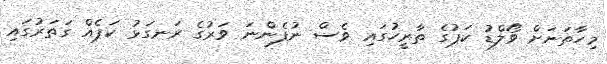
މިހާތަނަށް ވޯލްޑު ކަޕުގެ ތާރީހުގައި ވެސް ނުފެންނަ ވަރުގެ ރަނގަޅު ކަޕެއް ގަތަރުގައި